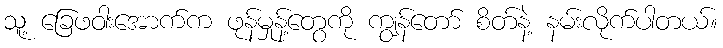
သူ့ ခြေဖဝါးအောက်က ဖုန်မှုန့်တွေကို ကျွန်တော် စိတ်နဲ့ နမ်းလိုက်ပါတယ်။